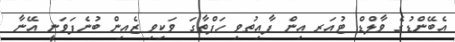
އެބޭންޑުގެ ވާލްޑް ޓުއަރ އިން ފާއިތުވި ހަފްތާގަ ވަކިވި ޒެއިން ބުނެފަވަނީ އޭނާ